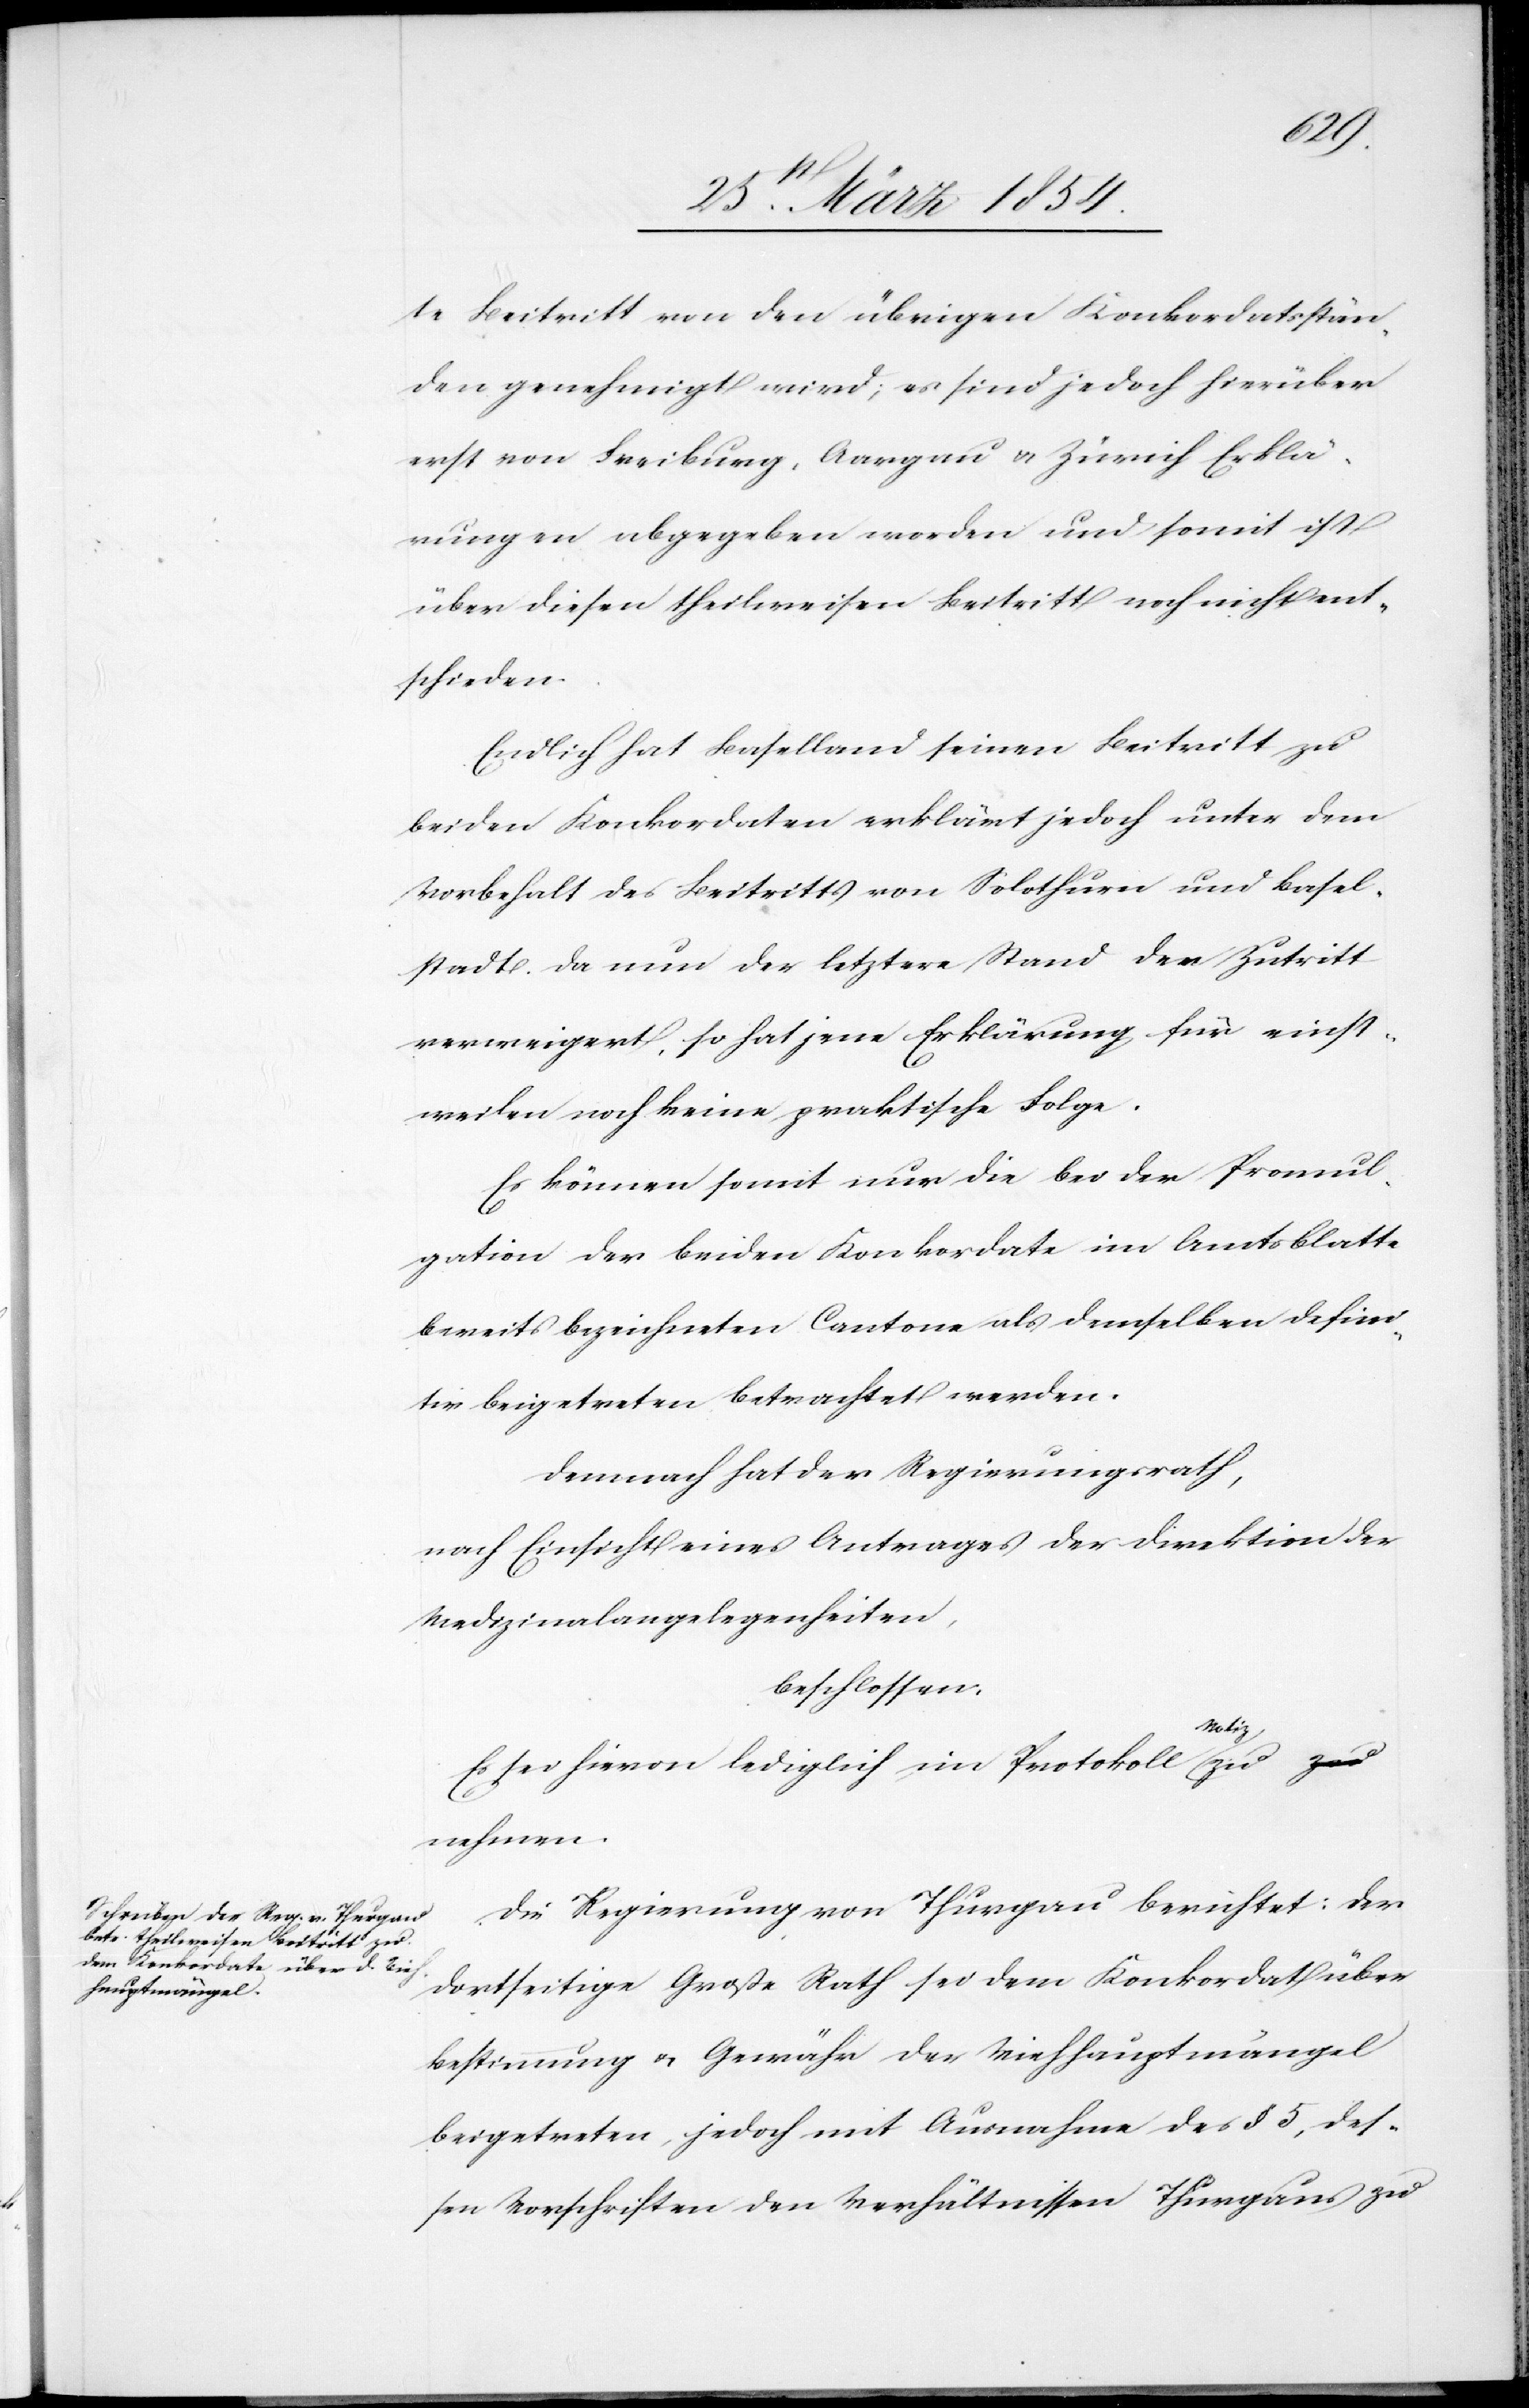
te Beitritt von den übrigen Konkordatsstän¬
den genehmigt wird; es sind jedoch hierüber
erst von Freiburg, Aarau u. Zürich Erklä¬
rungen abgegeben worden und somit ist
über diesen theilweisen Beitritt noch nicht ent¬
schieden.
Endlich hat Baselland seinen Beitritt zu
beiden Konkordaten erklärt jedoch unter dem
Vorbehalt des Beitritts von Solothurn und Basel¬
stadt. Da nun der letztere Stand den Zutritt
verweigert, so hat jene Erklärung für einst¬
weilen noch keine praktische Folge.
Es können somit nur die bei der Promul¬
gation der beiden Konkordate im Amtsblatte
bereits bezeichneten Cantone als demselben defini¬
tiv beigetreten betrachtet werden.
Demnach hat der Regierungsrath,
nach Einsicht eines Antrages der Direktion der
Medizinalangelegenheiten,
beschlossen:
Es sei hievon lediglich im Protokolle
nehmen.
Die Regierung von Thurgau berichtet: Der
dortseitige Große Rath sei dem Konkordat über
Bestimmung u. Gewähr der Viehhauptmängel
beigetreten, jedoch mit Ausnahme des § 5, des¬
sen Vorschriften den Verhältnissen Thurgaus zu